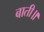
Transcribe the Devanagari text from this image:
बाती॥